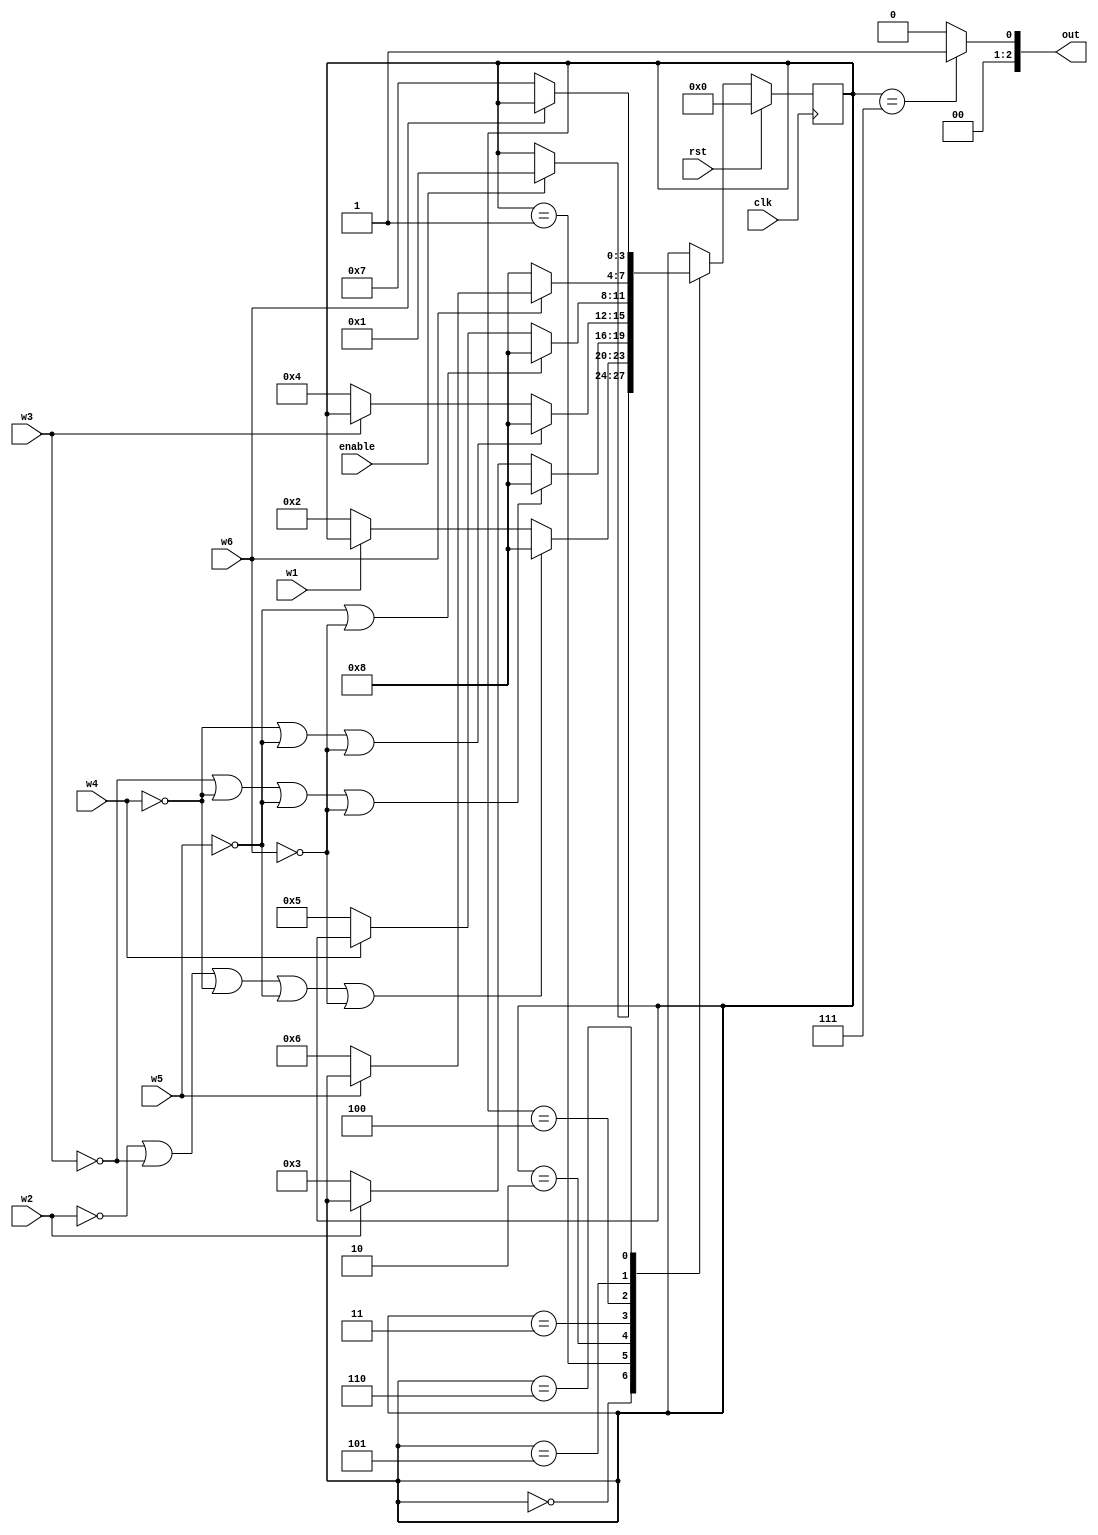
/*
   This file was generated automatically by the Mojo IDE version B1.3.6.
   Do not edit this file directly. Instead edit the original Lucid source.
   This is a temporary file and any changes made to it will be destroyed.
*/

module task1_3 (
    input clk,
    input rst,
    input w1,
    input w2,
    input w3,
    input w4,
    input w5,
    input w6,
    input enable,
    output reg [2:0] out
  );
  
  
  
  localparam IDLE_state = 4'd0;
  localparam W1_state = 4'd1;
  localparam W2_state = 4'd2;
  localparam W3_state = 4'd3;
  localparam W4_state = 4'd4;
  localparam W5_state = 4'd5;
  localparam W6_state = 4'd6;
  localparam WIN_state = 4'd7;
  localparam LOSE_state = 4'd8;
  
  reg [3:0] M_state_d, M_state_q = IDLE_state;
  
  always @* begin
    M_state_d = M_state_q;
    
    out = 1'h0;
    
    case (M_state_q)
      IDLE_state: begin
        if (enable) begin
          M_state_d = W1_state;
        end
      end
      W1_state: begin
        if (!w1) begin
          M_state_d = W2_state;
        end
        if (!w2 || !w3 || !w4 || !w5 || !w6) begin
          M_state_d = LOSE_state;
        end
      end
      W2_state: begin
        if (!w2) begin
          M_state_d = W3_state;
        end
        if (!w3 || !w4 || !w5 || !w6) begin
          M_state_d = LOSE_state;
        end
      end
      W3_state: begin
        if (!w3) begin
          M_state_d = W4_state;
        end
        if (!w4 || !w5 || !w6) begin
          M_state_d = LOSE_state;
        end
      end
      W4_state: begin
        if (!w4) begin
          M_state_d = W5_state;
        end
        if (!w5 || !w6) begin
          M_state_d = LOSE_state;
        end
      end
      W5_state: begin
        if (!w5) begin
          M_state_d = W6_state;
        end
        if (!w6) begin
          M_state_d = LOSE_state;
        end
      end
      W6_state: begin
        if (!w6) begin
          M_state_d = WIN_state;
        end
      end
      WIN_state: begin
        out = 3'h1;
      end
    endcase
  end
  
  always @(posedge clk) begin
    if (rst == 1'b1) begin
      M_state_q <= 1'h0;
    end else begin
      M_state_q <= M_state_d;
    end
  end
  
endmodule